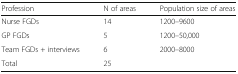
| Profession | N of areas | Population size of areas |
 | --- | --- | --- |
 | Nurse FGDs | 14 | 1200–9600 |
 | GP FGDs | 5 | 1200–50,000 |
 | Team FGDs + interviews | 6 | 2000–8000 |
 | Total | 25 |  |